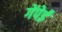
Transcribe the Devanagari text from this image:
गेंपेई